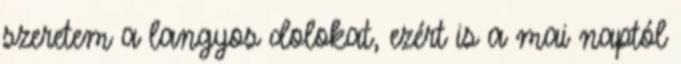
szeretem a langyos dolokat, ezért is a mai naptól